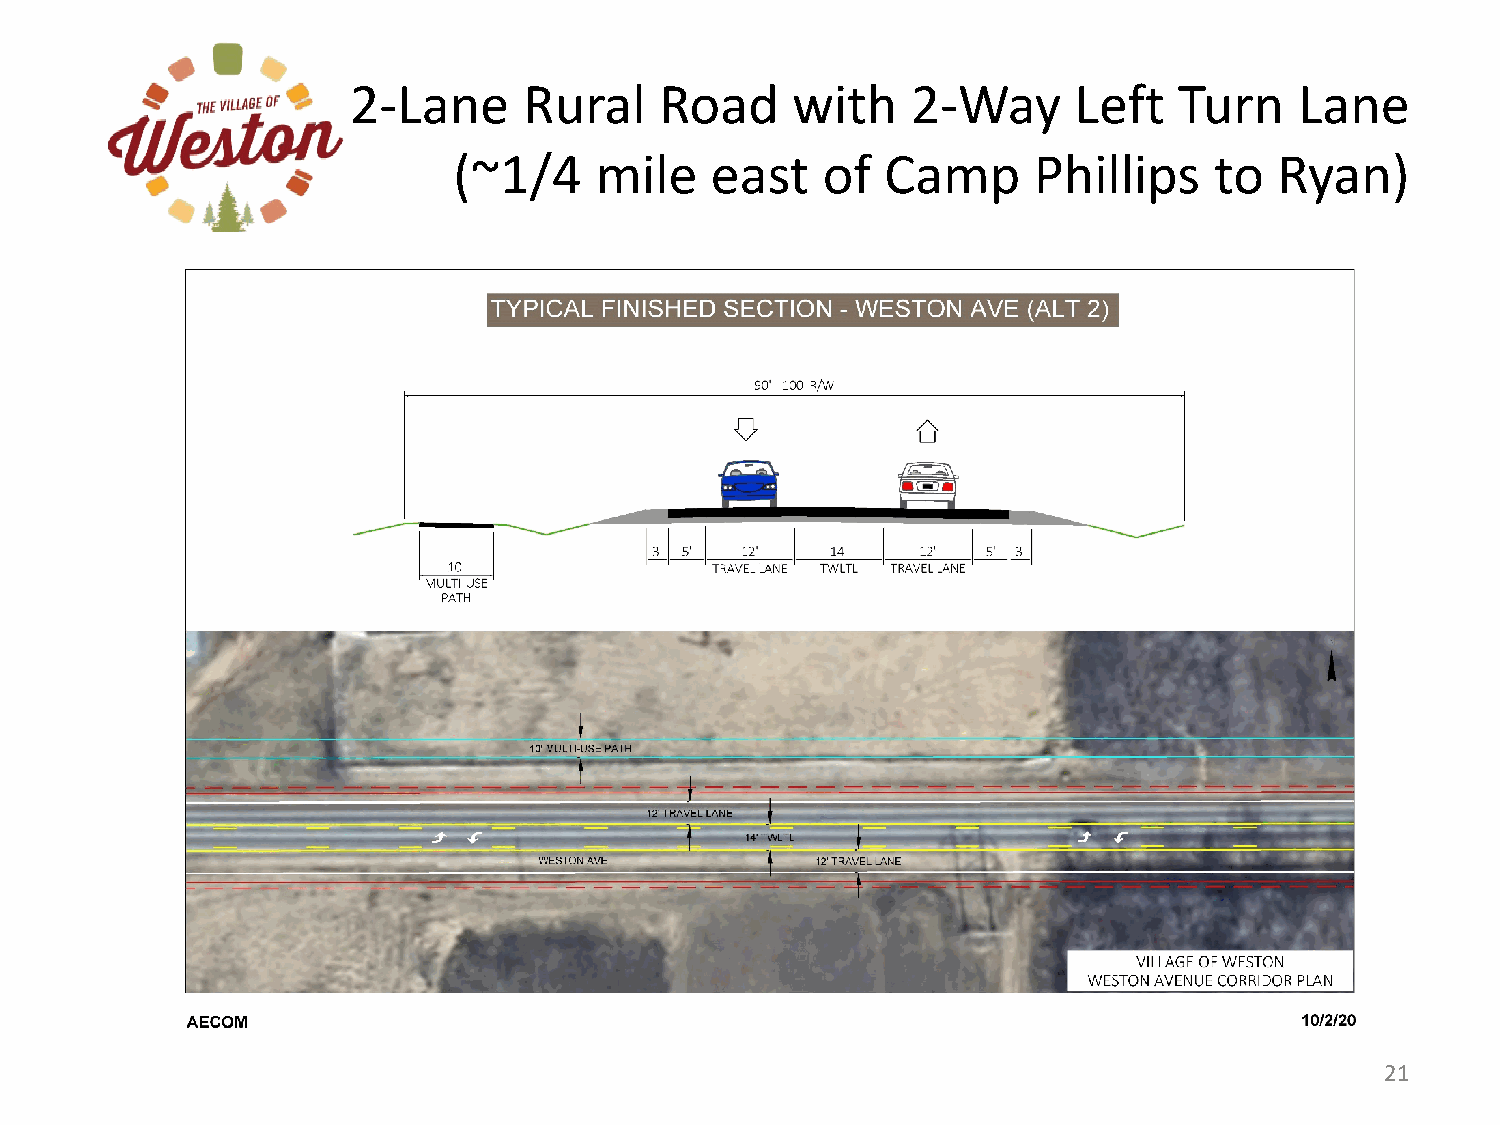
2-Lane      Rural    Road    with    2-Way      Left   Turn    Lane
 (~1/4    mile    east   of   Camp     Phillips    to   Ryan)
 21